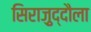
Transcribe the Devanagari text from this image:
सिराज़ुद्दौला